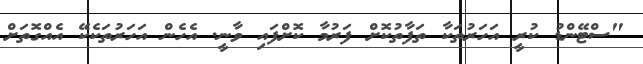
"ސްޓޭންޑު ކުރީ އަހަރުތަކާ ތަފާތުކޮށް ފަރުމާ ކޮށްފައި ވާނީ. އެހެން އަހަރުތަކެކޭ އެއްގޮތަށް